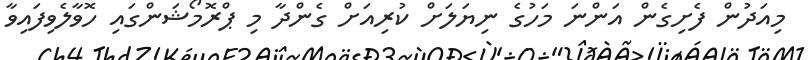
މިއަދުން ފެށިގެން އަންނަ މަހުގެ ނިޔަލަށް ކުރިއަށް ގެންދާ މި ޕްރޮމޯޝަންގައި ހޮވާލެވިފައިވާ